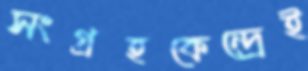
সংগ্রহকেন্দ্রেই